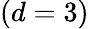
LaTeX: (d=3)